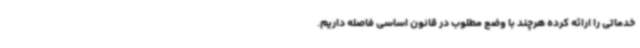
خدماتی را ارائه کرده هرچند با وضع مطلوب در قانون اساسی فاصله داریم.